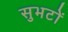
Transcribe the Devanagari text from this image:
सुभटों